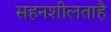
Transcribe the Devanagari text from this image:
सहनशीलताहै